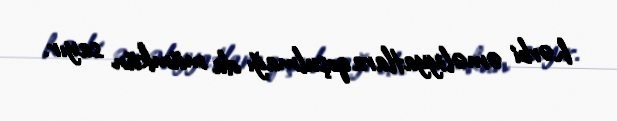
hərbi əməliyyatlara qoşulmağı da mümkün sayır.